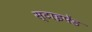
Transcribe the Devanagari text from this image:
स्टाइपेंड